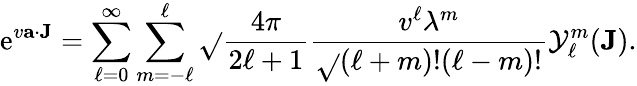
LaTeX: \mathrm{e}^{v{\mathbf{{a}}}\cdot{\mathbf{{J}}}}=\sum_{\ell=0}^{\infty}\sum_{m=-\ell}^{\ell}{\sqrt{}{{\frac{{4\pi}}{{2\ell+1}}}}}{\frac{{v^{\ell}{\lambda^{m}}}}{{\sqrt{}{{(\ell+m)!(\ell-m)!}}}}}{\mathcal{{Y}}}_{\ell}^{m}({\mathbf{{J}}}).